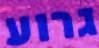
גרוע